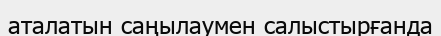
аталатын саңылаумен салыстырғанда